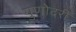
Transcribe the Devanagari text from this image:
गुणोदरी